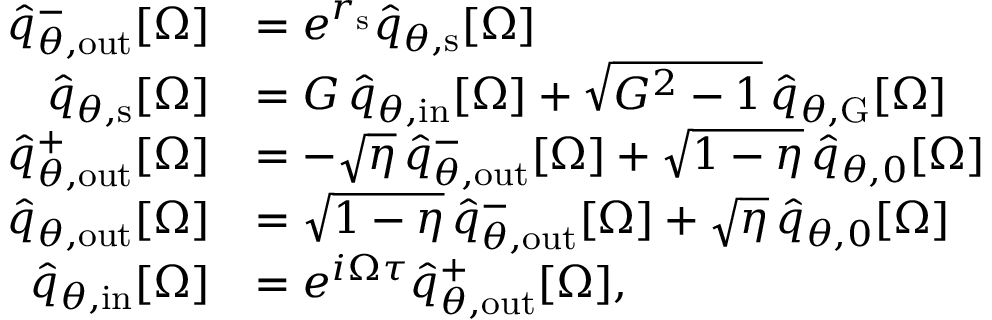
\begin{array} { r l } { \hat { q } _ { \theta , \mathrm { o u t } } ^ { - } [ \Omega ] } & { = e ^ { r _ { \mathrm { s } } } \hat { q } _ { \theta , \mathrm { s } } [ \Omega ] } \\ { \hat { q } _ { \theta , \mathrm { s } } [ \Omega ] } & { = G \, \hat { q } _ { \theta , \mathrm { i n } } [ \Omega ] + \sqrt { G ^ { 2 } - 1 } \, \hat { q } _ { \theta , \mathrm { G } } [ \Omega ] } \\ { \hat { q } _ { \theta , \mathrm { o u t } } ^ { + } [ \Omega ] } & { = - \sqrt { \eta } \, \hat { q } _ { \theta , \mathrm { o u t } } ^ { - } [ \Omega ] + \sqrt { 1 - \eta } \, \hat { q } _ { \theta , 0 } [ \Omega ] } \\ { \hat { q } _ { \theta , \mathrm { o u t } } [ \Omega ] } & { = \sqrt { 1 - \eta } \, \hat { q } _ { \theta , \mathrm { o u t } } ^ { - } [ \Omega ] + \sqrt { \eta } \, \hat { q } _ { \theta , 0 } [ \Omega ] } \\ { \hat { q } _ { \theta , \mathrm { i n } } [ \Omega ] } & { = e ^ { i \Omega \tau } \hat { q } _ { \theta , \mathrm { o u t } } ^ { + } [ \Omega ] , } \end{array}